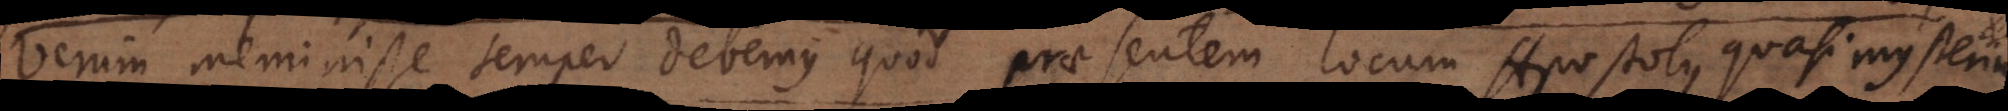
Verum meminisse semper debemus quod praesentem locum Apostolus quasi mysterium